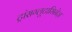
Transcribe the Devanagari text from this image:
ट्रांसग्लूटामिनेज़